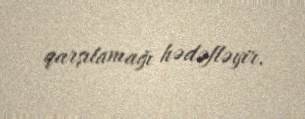
qarşılamağı hədəfləyir.